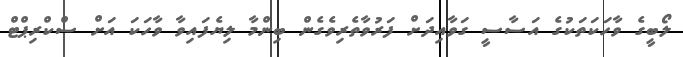
ލޯބީގެ ވާހަކަތަކުގެ އަސާސީ ގަވާއިދަށް ފަރުވާތެރިވެގެން ބިންމާ ލިޔެފައިވާ ވާހަކަ އަށް ސްކްރިޕްޓް